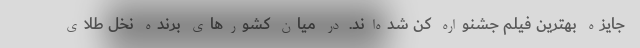
جایزه بهترین فیلم جشنواره کن شده‌اند. در میان کشورهای برنده نخل طلای